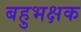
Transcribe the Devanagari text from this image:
बहुभक्षक